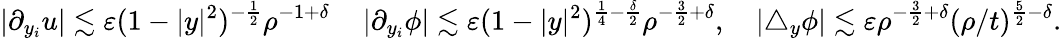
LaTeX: |\partial_{y_{i}}u|\lesssim\varepsilon(1-|y|^{2})^{-\frac 12}\rho^{-1+\delta}\, \quad|\partial_{y_{i}}\phi|\lesssim\varepsilon(1-|y|^{2})^{\frac 14-\frac\delta 2}\rho^{-\frac 32+\delta},\quad|\triangle_{y}\phi|\lesssim\varepsilon\rho^{-\frac 32+\delta}(\rho/t)^{\frac 52-\delta}.